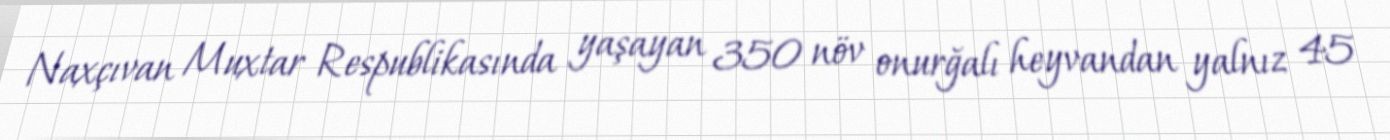
Naxçıvan Muxtar Respublikasında yaşayan 350 növ onurğalı heyvandan yalnız 45